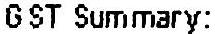
GST SUMMARY: